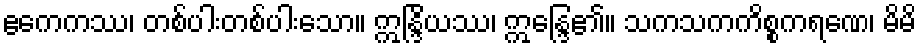
ဧကေကဿ၊ တစ်ပါးတစ်ပါးသော။ ဣန္ဒြိယဿ၊ ဣန္ဒြေ၏။ သကသကကိစ္စကရဏေ၊ မိမိ